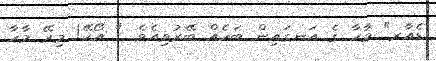
ޑެއާރ" މާހާ ގެ އަނގައިން ބަހެއް ބޭރުވިއެވެ. " އޯކޭ! މިރޭ މާހާ